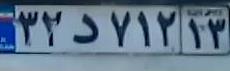
۳۲د۷۱۲۱۳